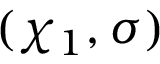
( \chi _ { 1 } , \sigma )